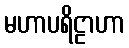
မဟာပရိဠာဟာ